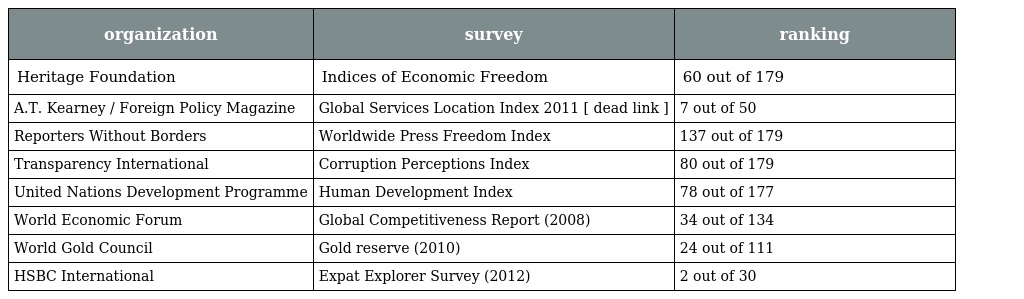
| organization | survey | ranking |
 | --- | --- | --- |
 | Heritage Foundation | Indices of Economic Freedom | 60 out of 179 |
 | A.T. Kearney / Foreign Policy Magazine | Global Services Location Index 2011 [ dead link ] | 7 out of 50 |
 | Reporters Without Borders | Worldwide Press Freedom Index | 137 out of 179 |
 | Transparency International | Corruption Perceptions Index | 80 out of 179 |
 | United Nations Development Programme | Human Development Index | 78 out of 177 |
 | World Economic Forum | Global Competitiveness Report (2008) | 34 out of 134 |
 | World Gold Council | Gold reserve (2010) | 24 out of 111 |
 | HSBC International | Expat Explorer Survey (2012) | 2 out of 30 |